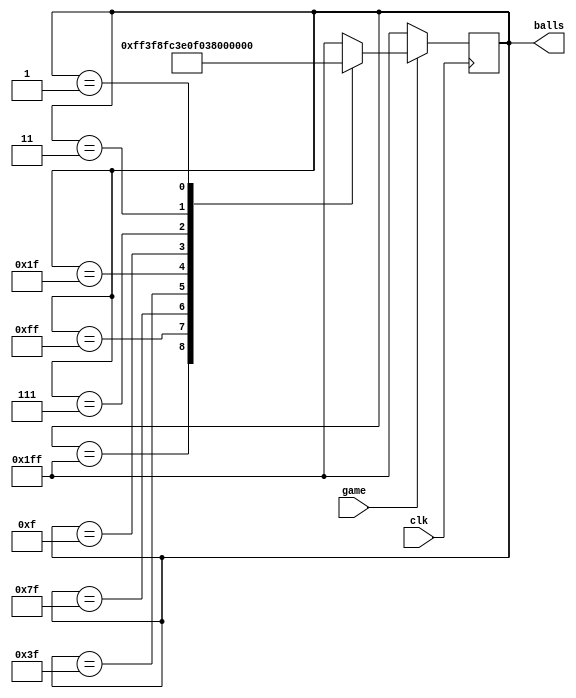
// Bradyn Hinman
// 3/22/2023
// Skeeball Balls

module skeeballBalls(game, clk, balls);
	input game, clk;
	output [8:0] balls;
	
	reg [8:0] balls;

	parameter balls9 = 9'b111111111;
	parameter balls8 = 9'b011111111;
	parameter balls7 = 9'b001111111;
	parameter balls6 = 9'b000111111;
	parameter balls5 = 9'b000011111;
	parameter balls4 = 9'b000001111;
	parameter balls3 = 9'b000000111;
	parameter balls2 = 9'b000000011;
	parameter balls1 = 9'b000000001;
	parameter balls0 = 9'b000000000;

	always @ (negedge clk)
		begin
			if (game==1'b0) balls = balls9;
			else begin
				case(balls)
					balls9: balls = balls8;
					balls8: balls = balls7;
					balls7: balls = balls6;
					balls6: balls = balls5;
					balls5: balls = balls4;
					balls4: balls = balls3;
					balls3: balls = balls2;
					balls2: balls = balls1;
					balls1: balls = balls0;
					default: balls = balls9;
				endcase
			end
		end

endmodule